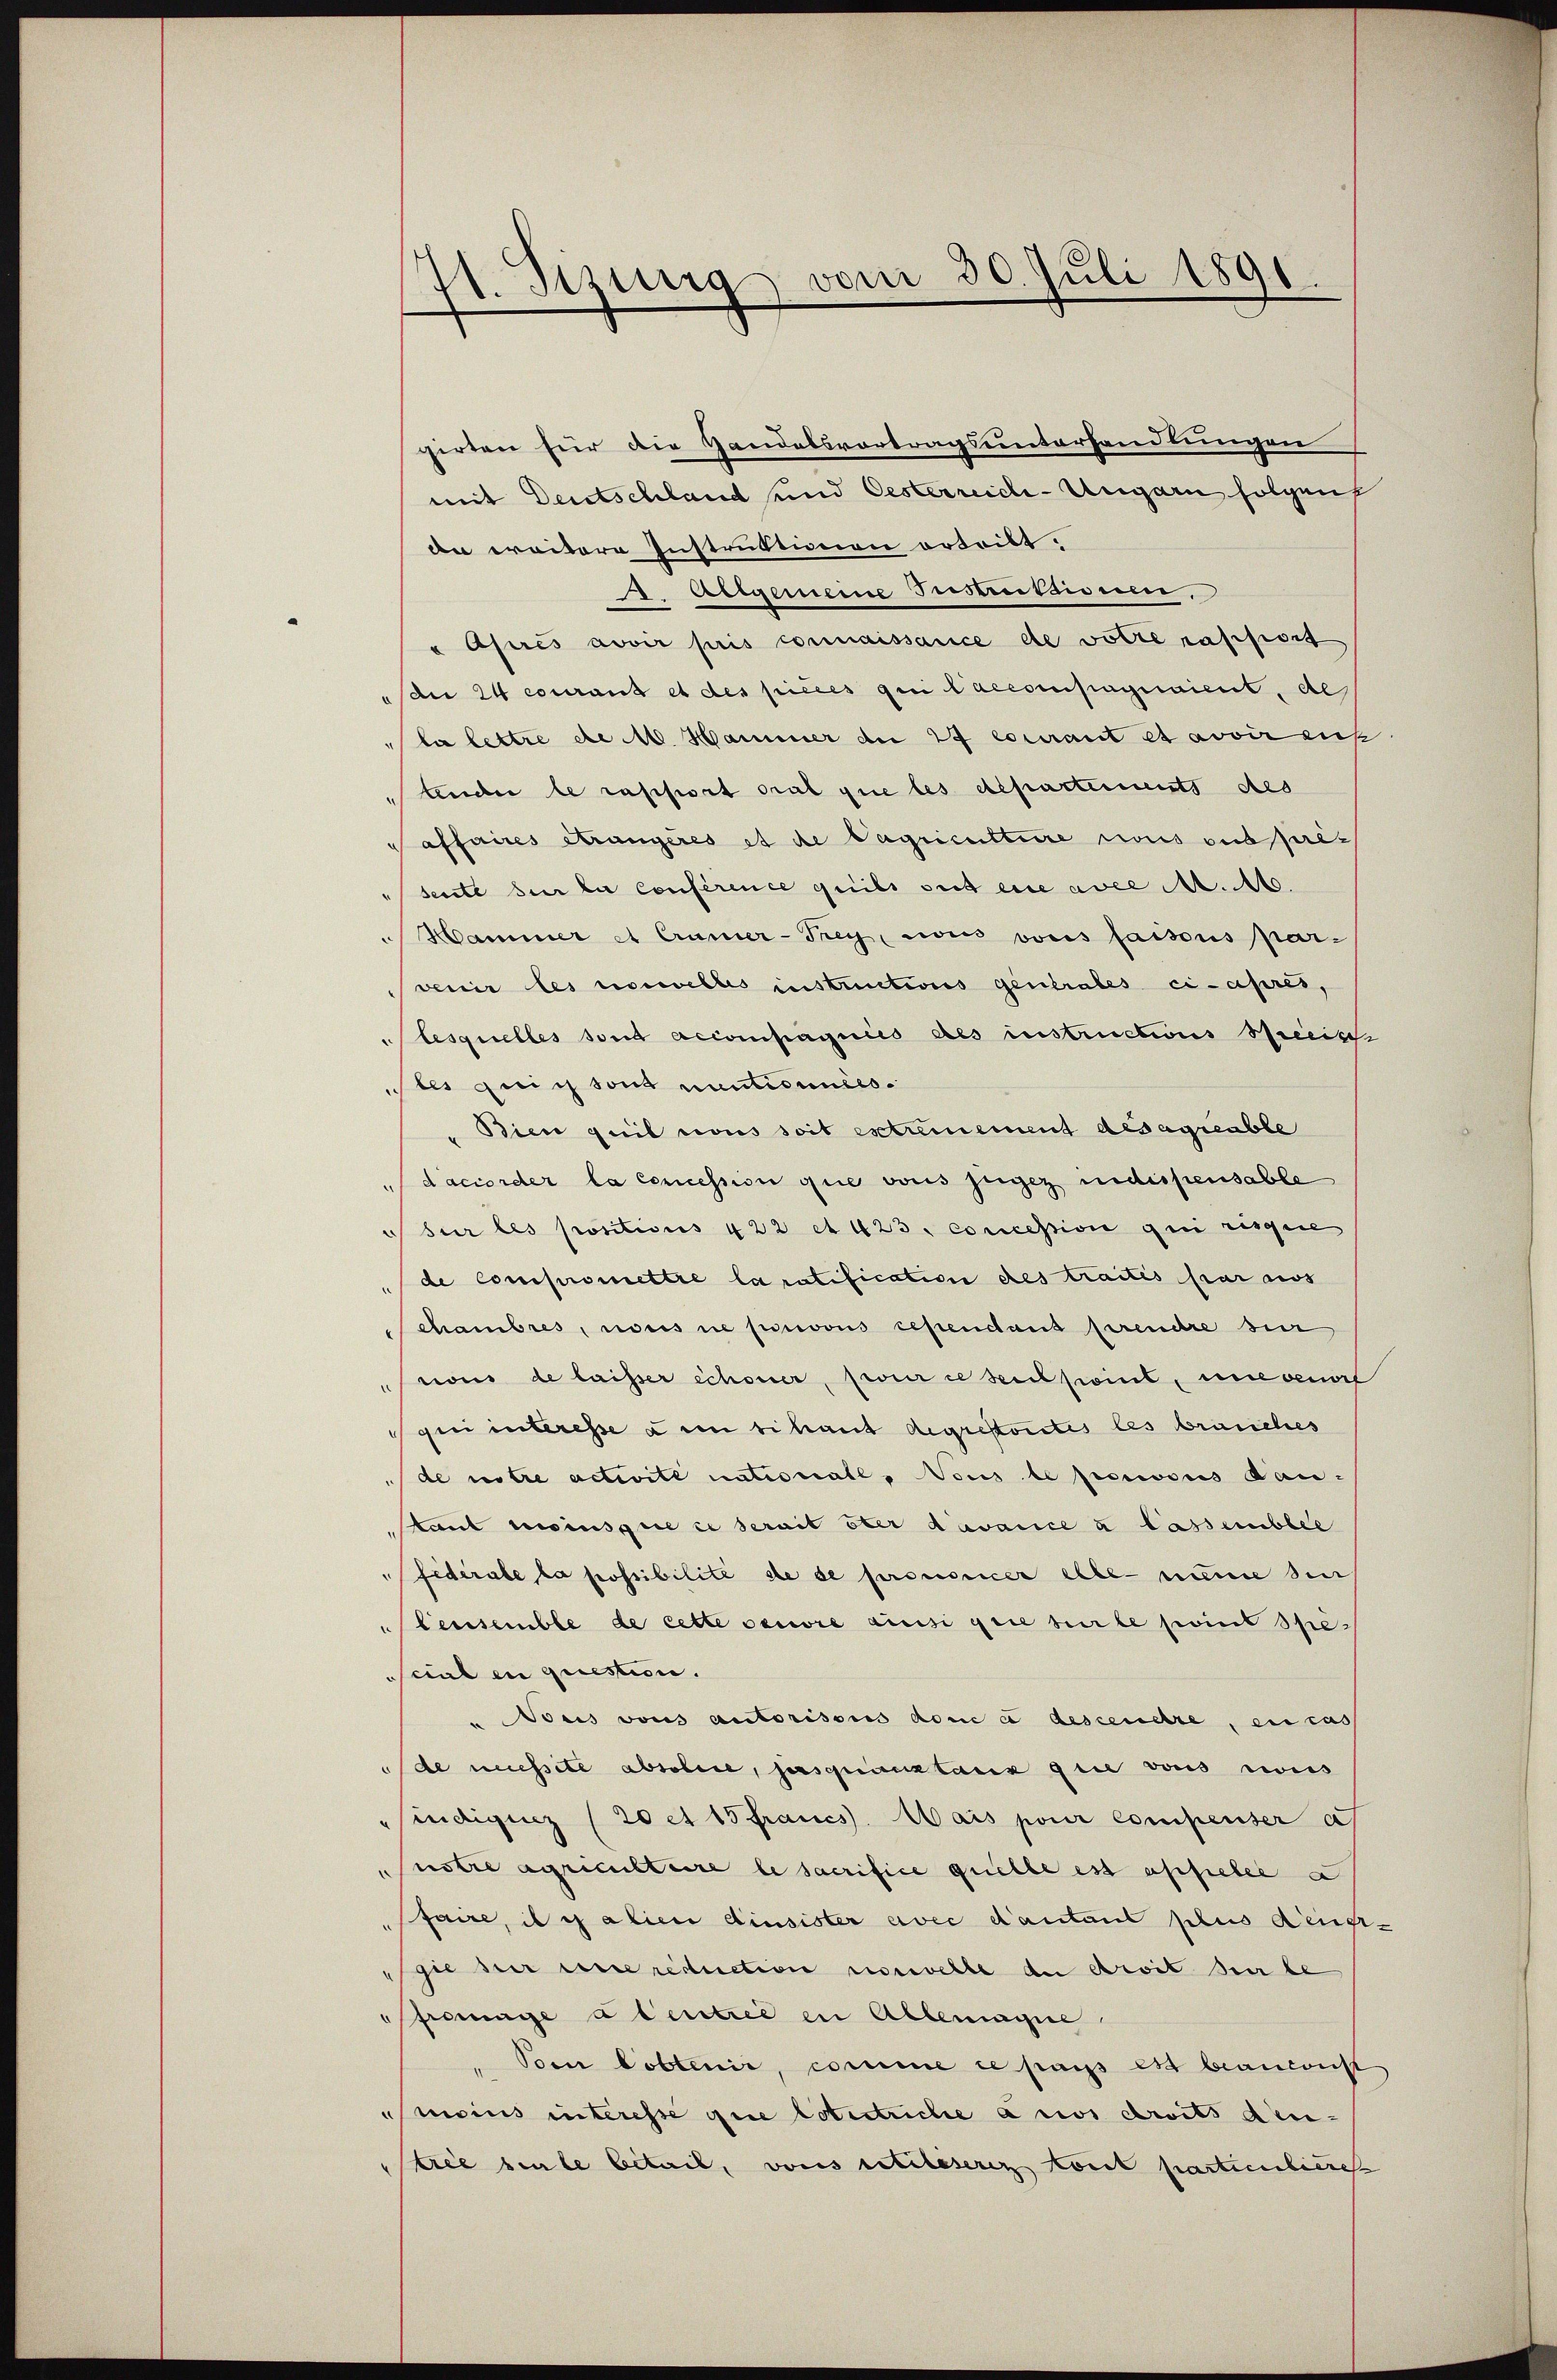
11. Sizung vom 30. Juli 1891

girten für die Gandelsvortragsunterhandlungen
mit Deutschland und Oesterreich-Ungarn folgen
da ereitere Instruktionen ertritt.
. Allgemeine Tustrittimum,
" Après avoir pris connaissance de votte rapport
dee 24 courant et des pièces qui l’accompagnaient, al
la lettre die M. Hammer de 27 courant et avoir ent
tender le rapport pral que les departements des
Paffaires Strangères et de Pagricultire nous ouspreserste bei der Conference puis sit eine aver A. A.
 Hammer et Cramer-Trey, sous vons saisons par-
venir les nouvelles instructions gentrales ci-après,
lesquelles sont accompagnies des instructions beeisch
tes qui sont nuntionnées.
Bier quil cons soit extremement des agreable
daccorder la concession que vois jegez indispensable
d für les positions 422 et 423. concession qui risquie
de compromettre la ratification des traités par aus
chambres, noris ne privous cependant prendre sei
von de laisser Schöner, pour ce sent point, unbenorf
qui interesse à un bihant degristorites les brauches
de notre activite nationall, Vous le pouvois Dautant moins que ce serait ster davance u lassemblée
Fidérale la possibilité de se prononcer elte nume sei
leissemble de cette seniore aussi gene beirte seint Spe¬
Scial en question.
u des vons autorisons doni e descendre, en cas
de müsste absolie, jusquanstanz gute vons cous
Endigeiz (20 et 15 francs. Wais pour compenser a
notre agricultaire le sacrifice quelle est affieler a
faire, il y alien ainsister avec d’autant plus Aeug-
gie der unsereduction vorwelle du droit der be
frenge a Centree in Abbemagne
 Vom Pobtenir, comme ce pass est beansonst
moins interesse que lotectriche anos droits den-
trie sile betail, vons extileseres tout partientiere